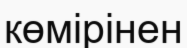
көмірінен